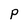
Character: p